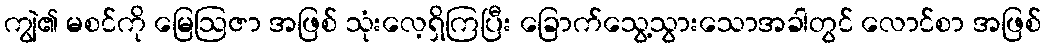
ကျွဲ၏ မစင်ကို မြေဩဇာ အဖြစ် သုံးလေ့ရှိကြပြီး ခြောက်သွေ့သွားသောအခါတွင် လောင်စာ အဖြစ်